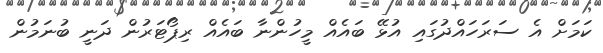
ކަަމަށް އެ ސަރަހައްދުގައި އުޅޭ ބައެއް މީހުންނާ ބައެއް ރިޕޯޓަރުން ދަނީ ބުނަމުން